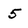
Character: 5